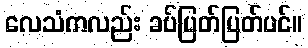
လေသံကလည်း ခပ်ပြတ်ပြတ်ပင်။